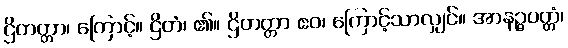
ဌိတတ္တာ၊ ကြောင့်။ ဌိတံ၊ ၏။ ဌိတတ္တာ ဧဝ၊ ကြောင့်သာလျှင်။ အာနဉ္ဇပတ္တံ၊